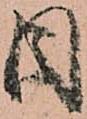
目